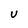
Character: U